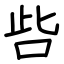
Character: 呰